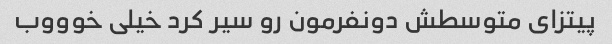
پیتزای متوسطش دونفرمون رو سیر کرد خیلی خوووب